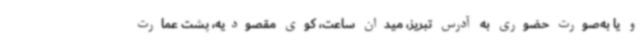
و یا به‌صورت حضوری به آدرس تبریز، میدان ساعت، کوی مقصودیه، پشت عمارت